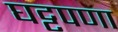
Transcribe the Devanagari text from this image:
घट्टपणा